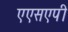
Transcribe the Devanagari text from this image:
एएसएपी